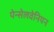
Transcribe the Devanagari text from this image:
पेन्सेलवेनियन